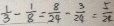
\frac { 1 } { 3 } - \frac { 1 } { 8 } = \frac { 8 } { 2 4 } - \frac { 3 } { 2 4 } = \frac { 5 } { 2 4 }